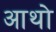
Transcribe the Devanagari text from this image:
आथो